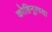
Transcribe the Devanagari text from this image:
कोहिनूरच्या